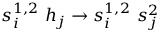
s _ { i } ^ { 1 , 2 } \ h _ { j } \to s _ { i } ^ { 1 , 2 } \ s _ { j } ^ { 2 }